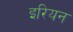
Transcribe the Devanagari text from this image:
इरियन